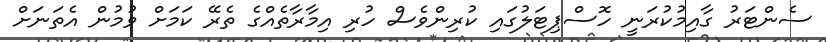
ސެންޓަރު ގާއިމުކުރަނީ ހޮސްޕިޓަލުގައި ކުރިންވެސް ހުރި އިމާރާތެއްގެ ތެރޭ ކަމަށް ވުމުން އެތަނަށް